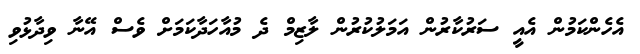
އެހެންކަމުން އެއީ ސަރުކާރުން އަމަލުކުރުން ލާޒިމް ދެ މުއާހަދާކަމަށް ވެސް އޭނާ ވިދާޅުވި